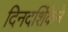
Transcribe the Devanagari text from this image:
दिनदर्शिकेने